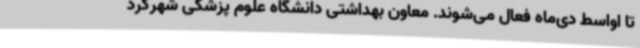
تا اواسط دی‌ماه فعال می‌شوند. معاون بهداشتی دانشگاه علوم پزشکی شهرکرد